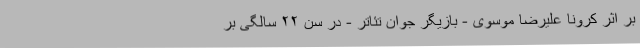
بر اثر کرونا علیرضا موسوی - بازیگر جوان تئاتر - در سن ۲۲ سالگی بر